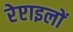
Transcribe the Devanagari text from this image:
रेप्टाइलों